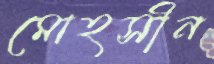
মোহসীন